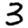
Digit: 3